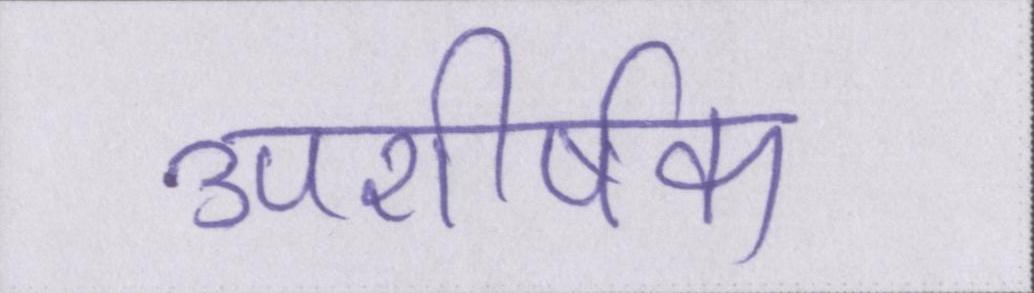
उपशीर्षक